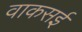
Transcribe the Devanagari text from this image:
वाकसई